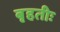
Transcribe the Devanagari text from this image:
बृहतीः